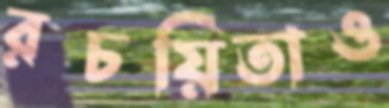
রচয়িতাও